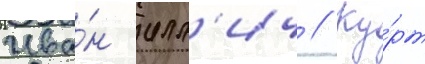
Ива́н илл'ич // Ку́рт